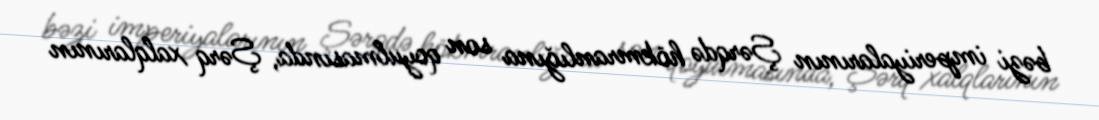
bəzi imperiyalarının Şərqdə hökmranlığına son qoyulmasında, Şərq xalqlarının